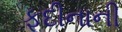
ફૂદીનાની